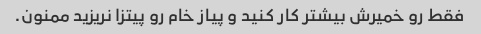
فقط رو خمیرش بیشتر کار کنید و پیاز خام رو پیتزا نریزید ممنون.